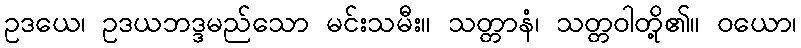
ဥဒယေ၊ ဥဒယဘဒ္ဒမည်သော မင်းသမီး။ သတ္တာနံ၊ သတ္တဝါတို့၏။ ဝယော၊